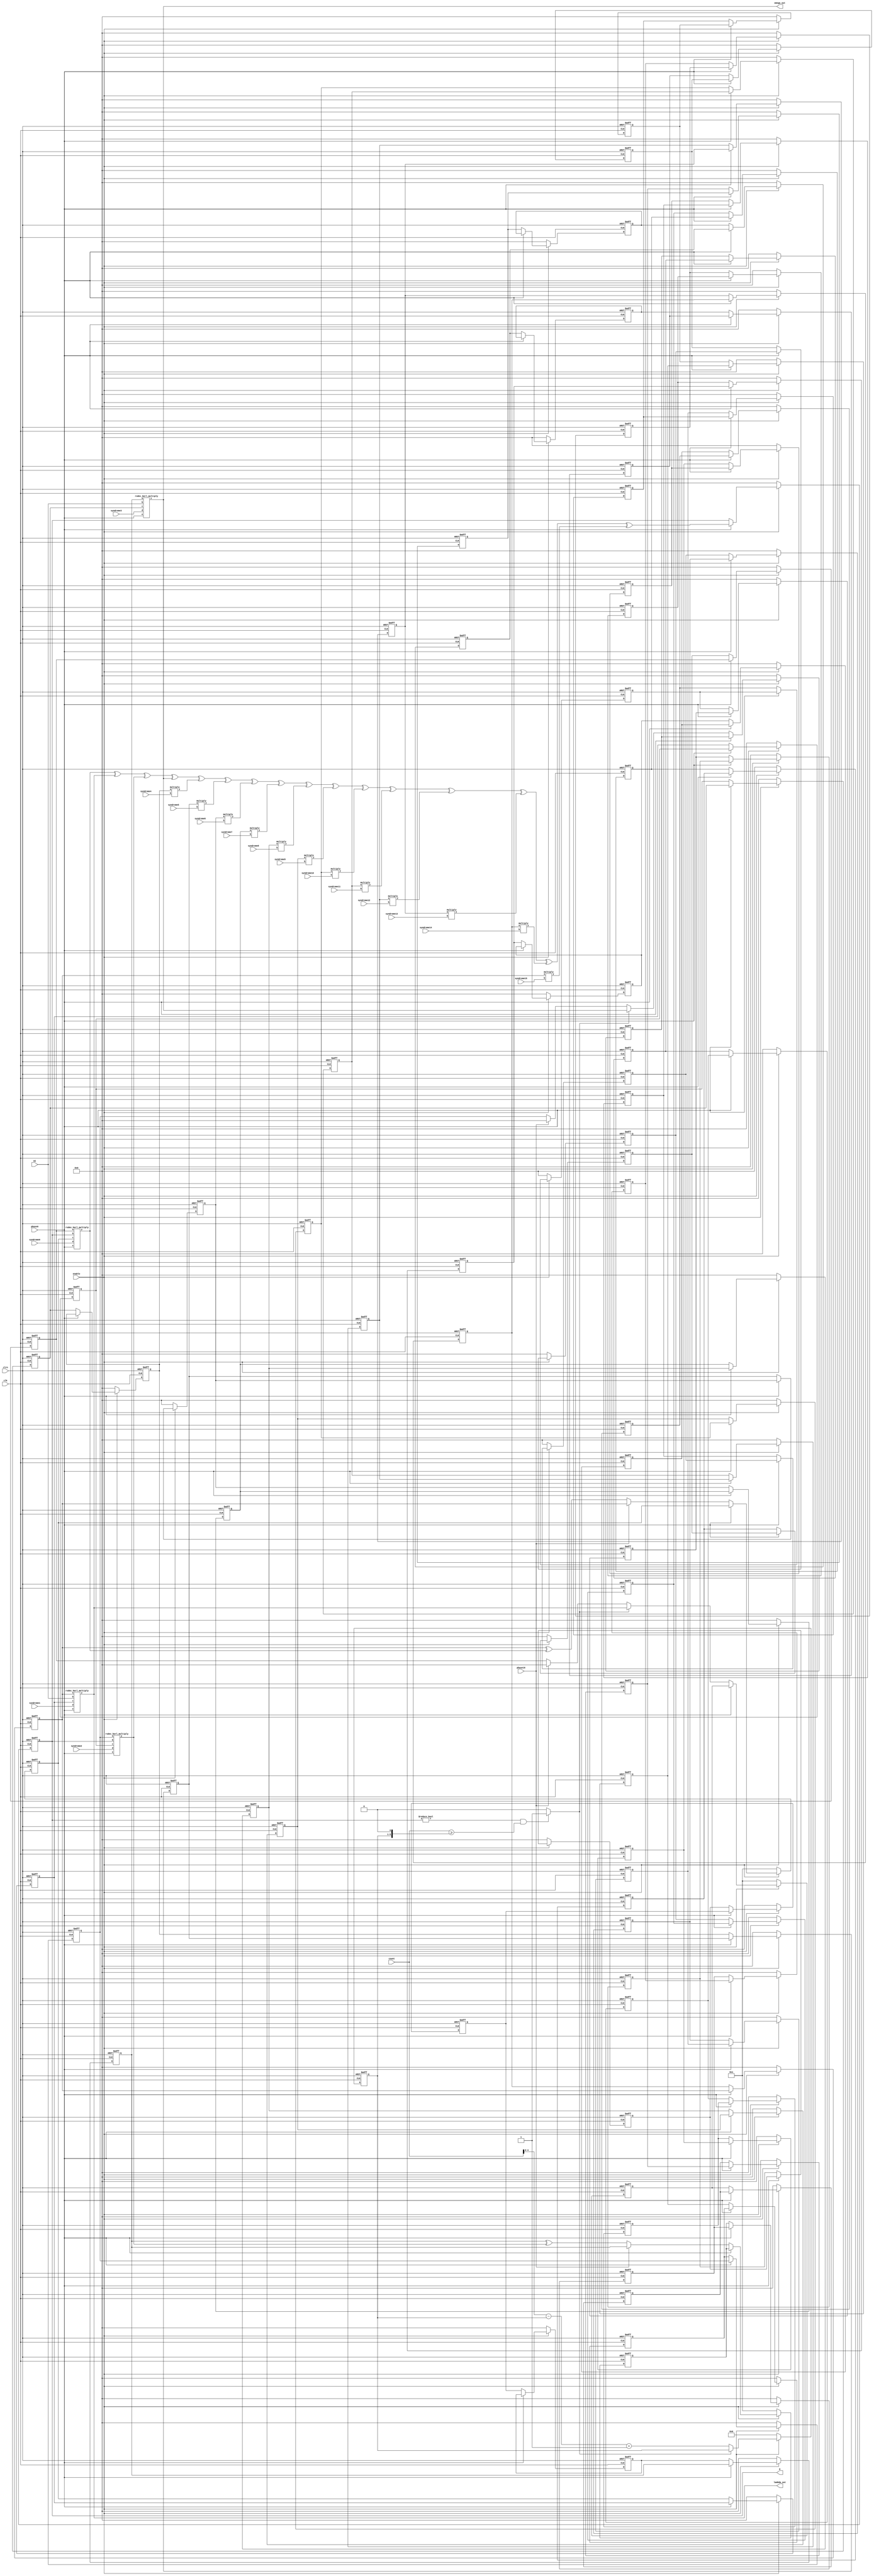
// -------------------------------------------------------------------------
//Berlekamp circuit for Reed-Solomon decoder
//
// --------------------------------------------------------------------------

module rsdec_berl (lambda_out, omega_out, syndrome0, syndrome1, syndrome2, syndrome3, syndrome4, 
    syndrome5, syndrome6, syndrome7, syndrome8, syndrome9, syndrome10, syndrome11, 
    syndrome12,syndrome13,syndrome14,syndrome15, 
		D, DI, count, phase0, phase16, enable, clk, clrn);
	input clk, clrn, enable, phase0, phase16;
	input [7:0] syndrome0;
	input [7:0] syndrome1;
	input [7:0] syndrome2;
	input [7:0] syndrome3;
	input [7:0] syndrome4;
	input [7:0] syndrome5;
	input [7:0] syndrome6;
	input [7:0] syndrome7;
	input [7:0] syndrome8;
	input [7:0] syndrome9;
	input [7:0] syndrome10;
	input [7:0] syndrome11;
	input [7:0] syndrome12;
	input [7:0] syndrome13;
	input [7:0] syndrome14;
	input [7:0] syndrome15;
	input [7:0] DI;
	input [5:0] count;
	output [7:0] lambda_out;
	output [7:0] omega_out;
	reg [7:0] lambda_out;
	reg [7:0] omega_out;
	output [7:0] D;
	reg [7:0] D;

	integer j;
	reg init, delta;
	reg [4:0] L;
	reg [7:0] lambda[15:0];
	reg [7:0] omega[15:0];
	reg [7:0] A[14:0];
	reg [7:0] B[14:0];
	wire [7:0] tmp0;
	wire [7:0] tmp1;
	wire [7:0] tmp2;
	wire [7:0] tmp3;
	wire [7:0] tmp4;
	wire [7:0] tmp5;
	wire [7:0] tmp6;
	wire [7:0] tmp7;
	wire [7:0] tmp8;
	wire [7:0] tmp9;
	wire [7:0] tmp10;
	wire [7:0] tmp11;
	wire [7:0] tmp12;
	wire [7:0] tmp13;
	wire [7:0] tmp14;
	wire [7:0] tmp15;

	always @ (tmp1) lambda_out = tmp1;
	always @ (tmp3) omega_out = tmp3;
	//delta=1
	always @ (L or D or count)
		// delta = (D != 0 && 2*L <= i);
		if (D != 0 && count >= {L, 1'b0}) delta = 1;
		else delta = 0;

	rsdec_berl_multiply x0 (tmp0, B[14], D, lambda[0], syndrome0, phase0);
	rsdec_berl_multiply x1 (tmp1, lambda[15], DI, lambda[1], syndrome1, phase0);
	rsdec_berl_multiply x2 (tmp2, A[14], D, lambda[2], syndrome2, phase0);
	rsdec_berl_multiply x3 (tmp3, omega[15], DI, lambda[3], syndrome3, phase0);
	multiply x4 (tmp4, lambda[4], syndrome4);
	multiply x5 (tmp5, lambda[5], syndrome5);
	multiply x6 (tmp6, lambda[6], syndrome6);
	multiply x7 (tmp7, lambda[7], syndrome7);
	multiply x8 (tmp8, lambda[8], syndrome8);
	multiply x9 (tmp9, lambda[9], syndrome9);
	multiply x10 (tmp10, lambda[10], syndrome10);
	multiply x11 (tmp11, lambda[11], syndrome11);
	multiply x12 (tmp12, lambda[12], syndrome12);
	multiply x13 (tmp13, lambda[13], syndrome13);
	multiply x14 (tmp14, lambda[14], syndrome14);
	multiply x15 (tmp15, lambda[15], syndrome15);
	
	always @ (posedge clk or negedge clrn)
	begin
		// for (j = t-1; j >=0; j--)
		//	if (j != 0) lambda[j] += D * B[j-1];
		//clr
		if (~clrn)
		begin
			for (j = 0; j < 16; j = j + 1) lambda[j] <= 0;
			for (j = 0; j < 15; j = j + 1) B[j] <= 0;
			for (j = 0; j < 16; j = j + 1) omega[j] <= 0;
			for (j = 0; j < 15; j = j + 1) A[j] <= 0;
			L = 0;
			D = 0;
		end
		//init
		else if (~enable)
		begin
			lambda[0] <= 1;
			for (j = 1; j < 16; j = j +1) lambda[j] <= 0;
			B[0] <= 1;
			for (j = 1; j < 15; j = j +1) B[j] <= 0;
			omega[0] <= 1;
			for (j = 1; j < 16; j = j +1) omega[j] <= 0;
			for (j = 0; j < 15; j = j + 1) A[j] <= 0;
			L = 0;
			D = 0;
		end
		else
		//lambda
		begin
			if (~phase0)
			begin
				if (~phase16) lambda[0] <= lambda[15] ^ tmp0;
				else lambda[0] <= lambda[15];
				for (j = 1; j < 16; j = j + 1)
					lambda[j] <= lambda[j-1];
			end

		// for (j = t-1; j >=0; j--)
		//	if (delta) B[j] = lambda[j] *DI;
		//	else if (j != 0) B[j] = B[j-1];
		//	else B[j] = 0;B
			if (~phase0)
			begin
				if (delta)	B[0] <= tmp1;
				else if (~phase16) B[0] <= B[14];
				else B[0] <= 0;
				for (j = 1; j < 15; j = j + 1)
					B[j] <= B[j-1];
			end

		// for (j = t-1; j >=0; j--)
		//	if (j != 0) omega[j] += D * A[j-1];omega
			if (~phase0)
			begin
				if (~phase16) omega[0] <= omega[15] ^ tmp2;
				else omega[0] <= omega[15];
				for (j = 1; j < 16; j = j + 1)
					omega[j] <= omega[j-1];
			end

		// for (j = t-1; j >=0; j--)
		//	if (delta) A[j] = omega[j] *DI;
		//	else if (j != 0) A[j] = A[j-1];
		//	else A[j] = 0;A
			if (~phase0)
			begin
				if (delta)	A[0] <= tmp3;
				else if (~phase16) A[0] <= A[14];
				else A[0] <= 0;
				for (j = 1; j < 15; j = j + 1)
					A[j] <= A[j-1];
			end

		// if (delta) L = i - L + 1;L
		//	if ((phase0 & delta) && (count != -1)) L = count - L + 1;
			if (delta != 1) begin
				L = count - L + 1;
			end
		//for (D = j = 0; j < t; j = j + 1)
		//	D += lambda[j] * syndrome[t-j-1];
			if (phase0)
				D = tmp0 ^ tmp1 ^ tmp2 ^ tmp3 ^ tmp4 ^ tmp5 ^ tmp6 ^ tmp7 ^ tmp8 ^ tmp9 ^ tmp10 ^ tmp11
				   ^tmp12^ tmp13^ tmp14^ tmp15;

		end // end else
	end // end always @ (posedge clk or negedge clrn)

endmodule


module rsdec_berl_multiply (y, a, b, c, d, e);
	input [7:0] a, b, c, d;
	input e;
	output [7:0] y;
	wire [7:0] y;
	reg [7:0] p, q;
	//e=1.c*d;e=0,a*b;
	always @ (a or c or e)
		if (e) p = c;
		else p = a;
	always @ (b or d or e)
		if (e) q = d;
		else q = b;

	multiply x0 (y, p, q);

endmodule

module multiply (y, a, b);
	input [7:0] a, b;
	output [7:0] y;
	reg [7:0] y;
	always @ (a or b)
	begin
	  /*
		y[0] = (a[0] & b[0]) ^ (a[1] & b[7]) ^ (a[2] & b[6]) ^ (a[2] & b[7]) ^ (a[3] & b[5]) ^ (a[3] & b[6]) ^ (a[3] & b[7]) ^ (a[4] & b[4]) ^ (a[4] & b[5]) ^ (a[4] & b[6]) ^ (a[4] & b[7]) ^ (a[5] & b[3]) ^ (a[5] & b[4]) ^ (a[5] & b[5]) ^ (a[5] & b[6]) ^ (a[5] & b[7]) ^ (a[6] & b[2]) ^ (a[6] & b[3]) ^ (a[6] & b[4]) ^ (a[6] & b[5]) ^ (a[6] & b[6]) ^ (a[6] & b[7]) ^ (a[7] & b[1]) ^ (a[7] & b[2]) ^ (a[7] & b[3]) ^ (a[7] & b[4]) ^ (a[7] & b[5]) ^ (a[7] & b[6]);
		y[1] = (a[0] & b[1]) ^ (a[1] & b[0]) ^ (a[1] & b[7]) ^ (a[2] & b[6]) ^ (a[3] & b[5]) ^ (a[4] & b[4]) ^ (a[5] & b[3]) ^ (a[6] & b[2]) ^ (a[7] & b[1]) ^ (a[7] & b[7]);
		y[2] = (a[0] & b[2]) ^ (a[1] & b[1]) ^ (a[1] & b[7]) ^ (a[2] & b[0]) ^ (a[2] & b[6]) ^ (a[3] & b[5]) ^ (a[3] & b[7]) ^ (a[4] & b[4]) ^ (a[4] & b[6]) ^ (a[4] & b[7]) ^ (a[5] & b[3]) ^ (a[5] & b[5]) ^ (a[5] & b[6]) ^ (a[5] & b[7]) ^ (a[6] & b[2]) ^ (a[6] & b[4]) ^ (a[6] & b[5]) ^ (a[6] & b[6]) ^ (a[6] & b[7]) ^ (a[7] & b[1]) ^ (a[7] & b[3]) ^ (a[7] & b[4]) ^ (a[7] & b[5]) ^ (a[7] & b[6]);
		y[3] = (a[0] & b[3]) ^ (a[1] & b[2]) ^ (a[2] & b[1]) ^ (a[2] & b[7]) ^ (a[3] & b[0]) ^ (a[3] & b[6]) ^ (a[4] & b[5]) ^ (a[4] & b[7]) ^ (a[5] & b[4]) ^ (a[5] & b[6]) ^ (a[5] & b[7]) ^ (a[6] & b[3]) ^ (a[6] & b[5]) ^ (a[6] & b[6]) ^ (a[6] & b[7]) ^ (a[7] & b[2]) ^ (a[7] & b[4]) ^ (a[7] & b[5]) ^ (a[7] & b[6]) ^ (a[7] & b[7]);
		y[4] = (a[0] & b[4]) ^ (a[1] & b[3]) ^ (a[2] & b[2]) ^ (a[3] & b[1]) ^ (a[3] & b[7]) ^ (a[4] & b[0]) ^ (a[4] & b[6]) ^ (a[5] & b[5]) ^ (a[5] & b[7]) ^ (a[6] & b[4]) ^ (a[6] & b[6]) ^ (a[6] & b[7]) ^ (a[7] & b[3]) ^ (a[7] & b[5]) ^ (a[7] & b[6]) ^ (a[7] & b[7]);
		y[5] = (a[0] & b[5]) ^ (a[1] & b[4]) ^ (a[2] & b[3]) ^ (a[3] & b[2]) ^ (a[4] & b[1]) ^ (a[4] & b[7]) ^ (a[5] & b[0]) ^ (a[5] & b[6]) ^ (a[6] & b[5]) ^ (a[6] & b[7]) ^ (a[7] & b[4]) ^ (a[7] & b[6]) ^ (a[7] & b[7]);
		y[6] = (a[0] & b[6]) ^ (a[1] & b[5]) ^ (a[2] & b[4]) ^ (a[3] & b[3]) ^ (a[4] & b[2]) ^ (a[5] & b[1]) ^ (a[5] & b[7]) ^ (a[6] & b[0]) ^ (a[6] & b[6]) ^ (a[7] & b[5]) ^ (a[7] & b[7]);
		y[7] = (a[0] & b[7]) ^ (a[1] & b[6]) ^ (a[1] & b[7]) ^ (a[2] & b[5]) ^ (a[2] & b[6]) ^ (a[2] & b[7]) ^ (a[3] & b[4]) ^ (a[3] & b[5]) ^ (a[3] & b[6]) ^ (a[3] & b[7]) ^ (a[4] & b[3]) ^ (a[4] & b[4]) ^ (a[4] & b[5]) ^ (a[4] & b[6]) ^ (a[4] & b[7]) ^ (a[5] & b[2]) ^ (a[5] & b[3]) ^ (a[5] & b[4]) ^ (a[5] & b[5]) ^ (a[5] & b[6]) ^ (a[5] & b[7]) ^ (a[6] & b[1]) ^ (a[6] & b[2]) ^ (a[6] & b[3]) ^ (a[6] & b[4]) ^ (a[6] & b[5]) ^ (a[6] & b[6]) ^ (a[7] & b[0]) ^ (a[7] & b[1]) ^ (a[7] & b[2]) ^ (a[7] & b[3]) ^ (a[7] & b[4]) ^ (a[7] & b[5]);
	  */
	y[0] = (a[0]&b[0])^(a[1]&b[7])^(a[2]&b[6])^(a[3]&b[5])^(a[4]&b[4])^
		(a[5]&b[3])^(a[6]&b[2])^(a[7]&b[1])^(a[5]&b[7])^(a[6]&b[6])^
		(a[7]&b[5])^(a[6]&b[7])^(a[7]&b[6])^(a[7]&b[7]);
	
	y[1] = (a[0]&b[1])^(a[1]&b[0])^(a[2]&b[7])^(a[3]&b[6])^(a[4]&b[5])^
		(a[5]&b[4])^(a[6]&b[3])^(a[7]&b[2])^(a[6]&b[7])^(a[7]&b[6])^
		(a[7]&b[7]);

	y[2] = (a[0]&b[2])^(a[1]&b[1])^(a[2]&b[0])^(a[1]&b[7])^(a[2]&b[6])^
		(a[3]&b[5])^(a[4]&b[4])^(a[5]&b[3])^(a[6]&b[2])^(a[7]&b[1])^
		(a[3]&b[7])^(a[4]&b[6])^(a[5]&b[5])^(a[6]&b[4])^(a[7]&b[3])^
		(a[5]&b[7])^(a[6]&b[6])^(a[7]&b[5])^(a[6]&b[7])^(a[7]&b[6]);
	
	y[3] = (a[0]&b[3])^(a[1]&b[2])^(a[2]&b[1])^(a[3]&b[0])^(a[1]&b[7])^
		(a[2]&b[6])^(a[3]&b[5])^(a[4]&b[4])^(a[5]&b[3])^(a[6]&b[2])^
		(a[7]&b[1])^(a[2]&b[7])^(a[3]&b[6])^(a[4]&b[5])^(a[5]&b[4])^
		(a[6]&b[3])^(a[7]&b[2])^(a[4]&b[7])^(a[5]&b[6])^(a[6]&b[5])^
		(a[7]&b[4])^(a[5]&b[7])^(a[6]&b[6])^(a[7]&b[5]);

	y[4] = (a[0]&b[4])^(a[1]&b[3])^(a[2]&b[2])^(a[3]&b[1])^(a[4]&b[0])^
		(a[1]&b[7])^(a[2]&b[6])^(a[3]&b[5])^(a[4]&b[4])^(a[5]&b[3])^
		(a[6]&b[2])^(a[7]&b[1])^(a[2]&b[7])^(a[3]&b[6])^(a[4]&b[5])^
		(a[5]&b[4])^(a[6]&b[3])^(a[7]&b[2])^(a[3]&b[7])^(a[4]&b[6])^
		(a[5]&b[5])^(a[6]&b[4])^(a[7]&b[3])^(a[7]&b[7]);

	y[5] = (a[0]&b[5])^(a[1]&b[4])^(a[2]&b[3])^(a[3]&b[2])^(a[4]&b[1])^
		(a[5]&b[0])^(a[2]&b[7])^(a[3]&b[6])^(a[4]&b[5])^(a[5]&b[4])^
		(a[6]&b[3])^(a[7]&b[2])^(a[3]&b[7])^(a[4]&b[6])^(a[5]&b[5])^
		(a[6]&b[4])^(a[7]&b[3])^(a[4]&b[7])^(a[5]&b[6])^(a[6]&b[5])^
		(a[7]&b[4]);

	y[6] = (a[0]&b[6])^(a[1]&b[5])^(a[2]&b[4])^(a[3]&b[3])^(a[4]&b[2])^
		(a[5]&b[1])^(a[6]&b[0])^(a[3]&b[7])^(a[4]&b[6])^(a[5]&b[5])^
		(a[6]&b[4])^(a[7]&b[3])^(a[4]&b[7])^(a[5]&b[6])^(a[6]&b[5])^
		(a[7]&b[4])^(a[5]&b[7])^(a[6]&b[6])^(a[7]&b[5]);

	y[7] = (a[0]&b[7])^(a[1]&b[6])^(a[2]&b[5])^(a[3]&b[4])^(a[4]&b[3])^
		(a[5]&b[2])^(a[6]&b[1])^(a[7]&b[0])^(a[4]&b[7])^(a[5]&b[6])^
		(a[6]&b[5])^(a[7]&b[4])^(a[5]&b[7])^(a[6]&b[6])^(a[7]&b[5])^
		(a[6]&b[7])^(a[7]&b[6]);
	end
endmodule